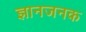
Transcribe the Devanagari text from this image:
ज्ञानजनक